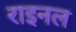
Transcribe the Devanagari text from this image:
राइनल